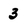
Character: 3